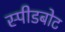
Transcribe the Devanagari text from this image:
स्‍पीडबोट